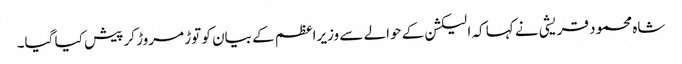
شاہ محمود قریشی نے کہا کہ الیکشن کے حوالے سے وزیراعظم کے بیان کو توڑ مروڑ کر پیش کیا گیا۔